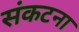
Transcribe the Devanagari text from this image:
संकटना